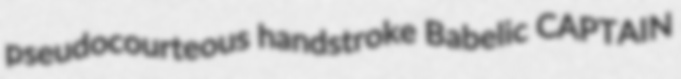
pseudocourteous handstroke Babelic CAPTAIN